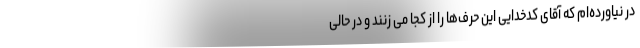
در نیاورده‌ام که آقای کدخدایی این حرف‌ها را از کجا می زنند و در حالی